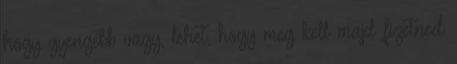
hogy gyengébb vagy, lehet, hogy meg kell majd fizetned